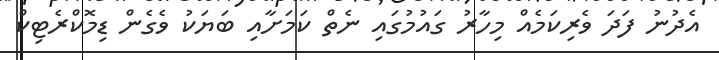
އެދުނު ފަދަ ވެރިކަމެއް މިހާރު ގައުމުގައި ނެތް ކަމަށާއި ބަޔަކު ވެގެން ޑިމޮކްރެޓިކް